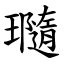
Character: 瓍